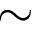
\sim